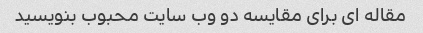
مقاله ای برای مقایسه دو وب سایت محبوب بنویسید